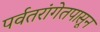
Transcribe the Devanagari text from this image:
पर्वतरांगेतपासून